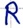
Text: R